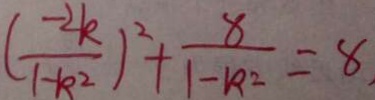
( \frac { - 2 k } { 1 - k ^ { 2 } } ) ^ { 2 } + \frac { 8 } { 1 - k ^ { 2 } } = 8